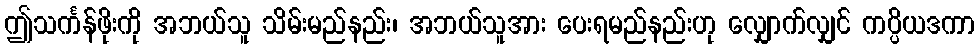
ဤသင်္ကန်ဖိုးကို အဘယ်သူ သိမ်းမည်နည်း၊ အဘယ်သူအား ပေးရမည်နည်းဟု လျှောက်လျှင် ကပ္ပိယဒကာ